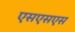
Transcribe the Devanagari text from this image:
एसएसएस